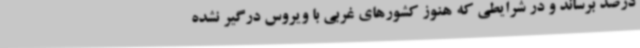
درصد برساند و در شرایطی که هنوز کشورهای غربی با ویروس درگیر نشده